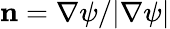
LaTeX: \mathbf{n}=\nabla\psi/|\nabla\psi|